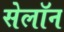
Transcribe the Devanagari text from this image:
सेलॉन